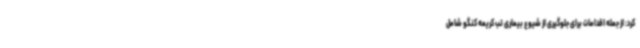
کرد: از جمله اقدامات برای جلوگیری از شیوع بیماری تب کریمه کنگو شامل